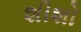
શીશો